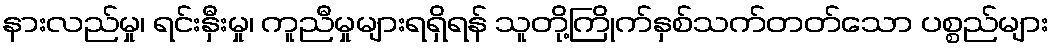
နားလည်မှု၊ ရင်းနှီးမှု၊ ကူညီမှုများရရှိရန် သူတို့ကြိုက်နှစ်သက်တတ်သော ပစ္စည်များ